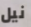
نيل